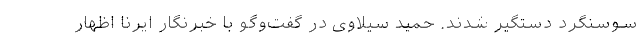
سوسنگرد دستگیر شدند. حمید سیلاوی در گفت‌وگو با خبرنگار ایرنا اظهار